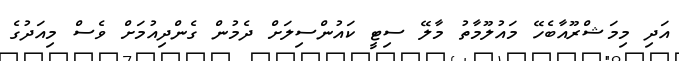
އަދި މިމަޝްރޫއާބެހޭ މައުލޫމާތު މާލޭ ސިޓީ ކައުންސިލަށް ދެމުން ގެންދިއުމަށް ވެސް މިއަދުގެ